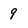
Character: 9